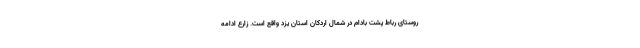
روستای رباط پشت بادام در شمال اردکان استان یزد واقع است. زارع ادامه